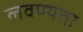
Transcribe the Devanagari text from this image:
लवण्यता